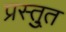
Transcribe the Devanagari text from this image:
प्रस्तु्त